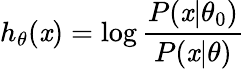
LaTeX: h_{\theta}(\mathit{x})=\log{\frac{{P(\mathit{x}|\theta_{0})}}{{P(\mathit{x}|\theta)}}}